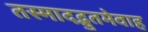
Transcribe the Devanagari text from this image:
तस्मादद्भुतमेवाह